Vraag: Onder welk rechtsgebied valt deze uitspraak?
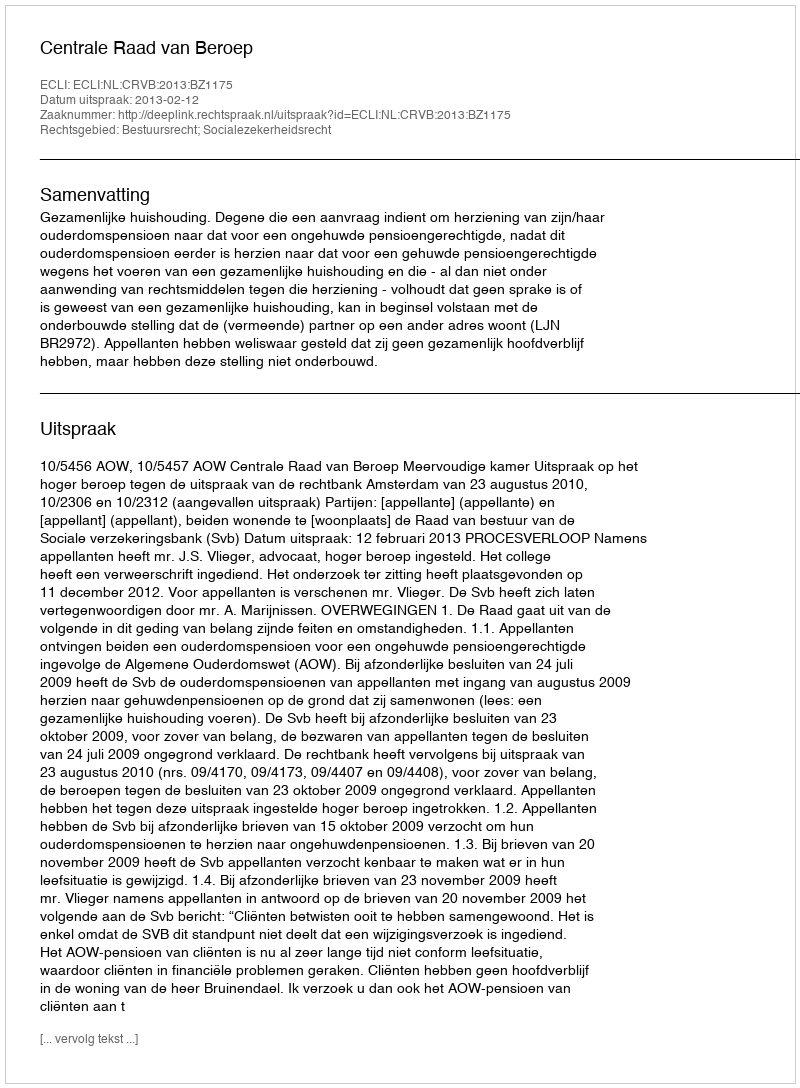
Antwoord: Bestuursrecht; Socialezekerheidsrecht